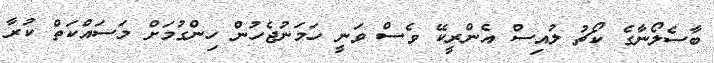
ބާސެލޯނާގެ ކޯޗު ލުއިސް އެންރީކޭ ވެސް ވަނީ ހަމަނުޖެހުން ހިންގުމަށް މަސައްކަތް ކުރާ